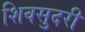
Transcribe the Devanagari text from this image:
शिवसुदरी